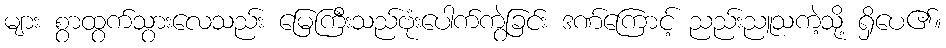
များ စွာထွက်သွားလေသည်း မြေကြီးသည်ဗုံးပေါက်ကွဲခြင်း ဒဏ်ကြောင့် ညည်းညူသကဲ့သို့ ရှိပေ၏။